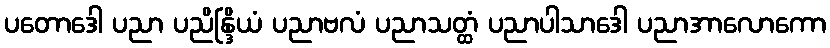
ပတောဒေါ ပညာ ပညိန္ဒြိယံ ပညာဗလံ ပညာသတ္ထံ ပညာပါသာဒေါ ပညာအာလောကော